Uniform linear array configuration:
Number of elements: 32
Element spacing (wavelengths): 0.5
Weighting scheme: exponential
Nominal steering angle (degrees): -15
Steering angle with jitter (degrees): -15.202
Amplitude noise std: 0.05
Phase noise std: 0.05

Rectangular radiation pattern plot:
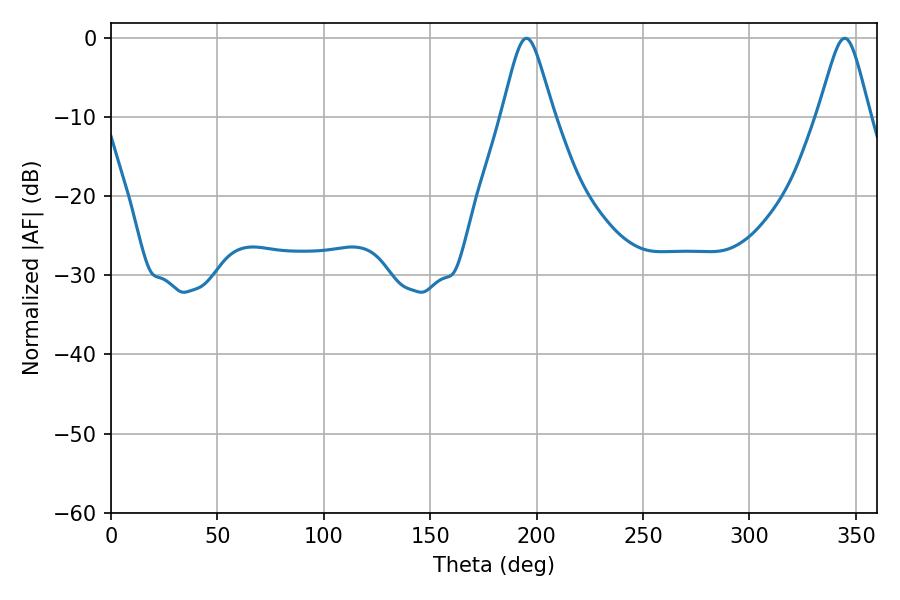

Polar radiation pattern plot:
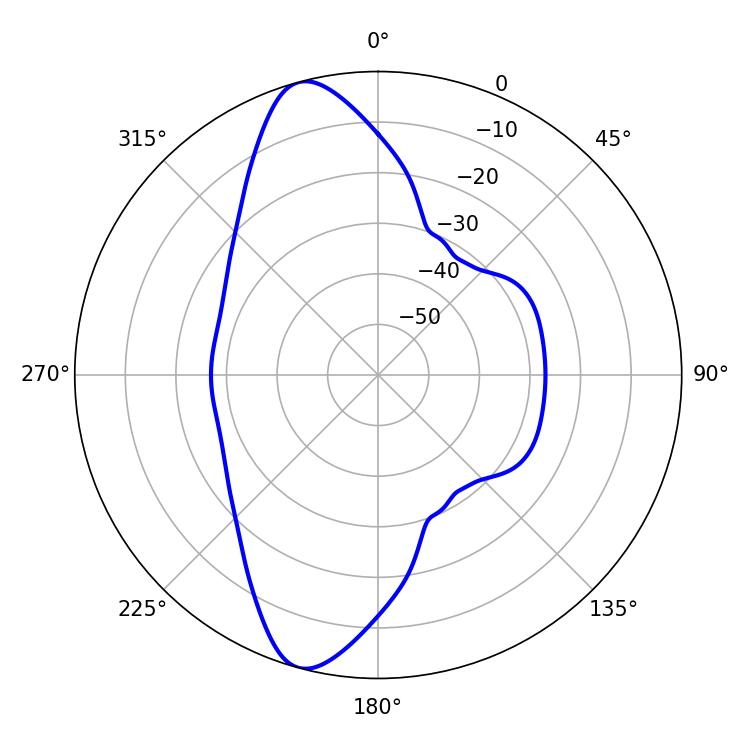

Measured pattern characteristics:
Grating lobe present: FALSE
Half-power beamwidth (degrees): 11.7
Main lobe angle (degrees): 344.7